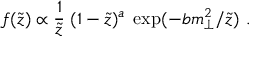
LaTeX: f ( \tilde { z } ) \propto \frac { 1 } { \tilde { z } } \; ( 1 - \tilde { z } ) ^ { a } \; \exp ( - b m _ { \perp } ^ { 2 } / \tilde { z } ) ~ .